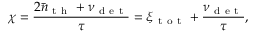
\chi = \frac { 2 \bar { n } _ { \mathrm { ~ t ~ h ~ } } + \nu _ { \mathrm { ~ d ~ e ~ t ~ } } } { \tau } = \xi _ { \mathrm { ~ t ~ o ~ t ~ } } + \frac { \nu _ { \mathrm { ~ d ~ e ~ t ~ } } } { \tau } ,